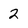
Character: 2